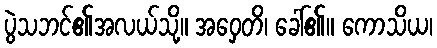
ပွဲသဘင်၏အလယ်သို့။ အဝှေတိ၊ ခေါ်၏။ ကောသိယ၊